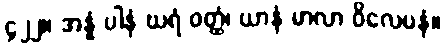
၄၂၂။ အန္နံ ပါနံ ဃရံ ဝတ္ထံ၊ ယာနံ မာလာ ဝိလေပနံ။